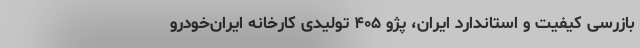
بازرسی کیفیت و استاندارد ایران، پژو ۴۰۵ تولیدی کارخانه ایران‌خودرو